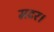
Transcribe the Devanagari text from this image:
मटर।